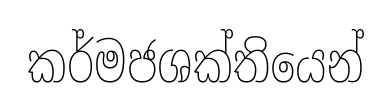
කර්මජශක්තියෙන්